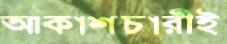
আকাশচারীই